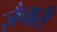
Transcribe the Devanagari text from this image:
ज़ैचारी